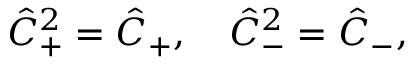
\hat { C } _ { + } ^ { 2 } = \hat { C } _ { + } , \quad \hat { C } _ { - } ^ { 2 } = \hat { C } _ { - } ,